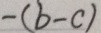
- ( b - c )